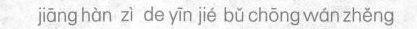
jiāng hàn zì de yīn jé bǔ chōng wán zhěng